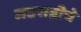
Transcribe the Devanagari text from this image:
जठराग्नीचे